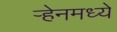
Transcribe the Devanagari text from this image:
ऱ्हेनमध्ये